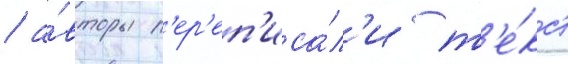
/ а́вторы п'ер'еп'иса́л'и т'е́кст